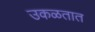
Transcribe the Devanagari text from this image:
उकळतात